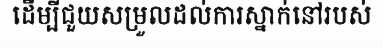
ដើម្បីជួយសម្រួលដល់ការស្នាក់នៅរបស់